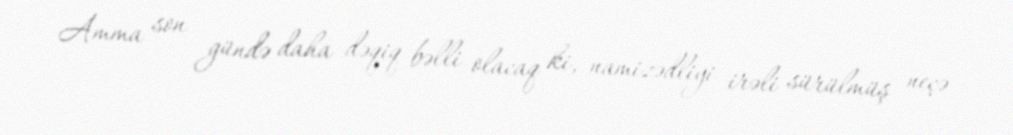
Amma son gündə daha dəqiq bəlli olacaq ki, namizədliyi irəli sürülmüş neçə